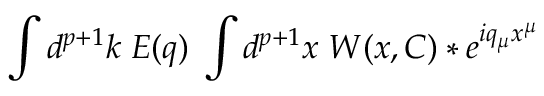
\int d ^ { p + 1 } k \; E ( q ) \; \int d ^ { p + 1 } x \; W ( x , C ) \ast e ^ { i q _ { \mu } x ^ { \mu } }